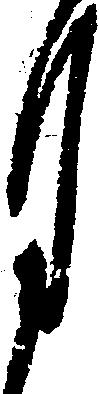
月